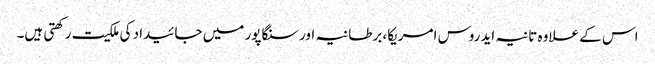
اس کے علاوہ تانیہ ایدروس امریکا، برطانیہ اور سنگاپور میں جائیداد کی ملکیت رکھتی ہیں۔